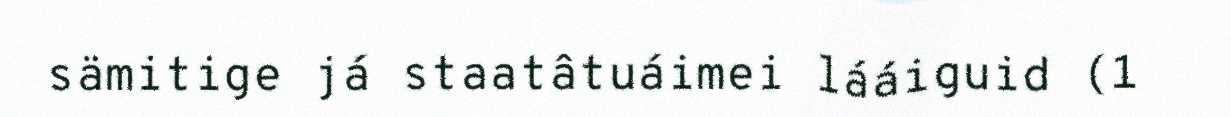
sämitige já staatâtuáimei lááiguid (1